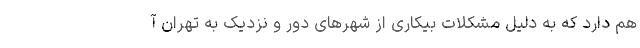
هم دارد که به دلیل مشکلات بیکاری از شهرهای دور و نزدیک به تهران آ